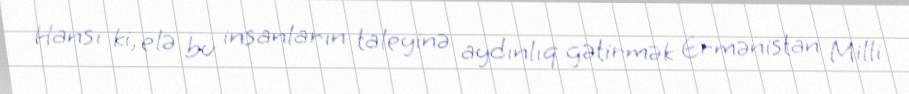
Hansı ki, elə bu insanların taleyinə aydınlıq gətirmək Ermənistan Milli